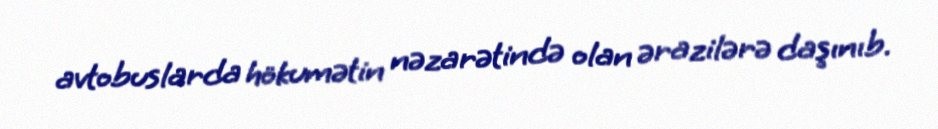
avtobuslarda hökumətin nəzarətində olan ərazilərə daşınıb.